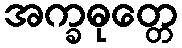
အက္ခဓုတ္တေ